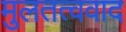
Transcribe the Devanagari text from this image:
मुलतत्ववाद